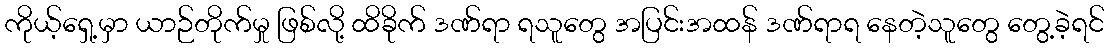
ကိုယ့်ရှေ့မှာ ယာဉ်တိုက်မှု ဖြစ်လို့ ထိခိုက် ဒဏ်ရာ ရသူတွေ အပြင်းအထန် ဒဏ်ရာရ နေတဲ့သူတွေ တွေ့ခဲ့ရင်